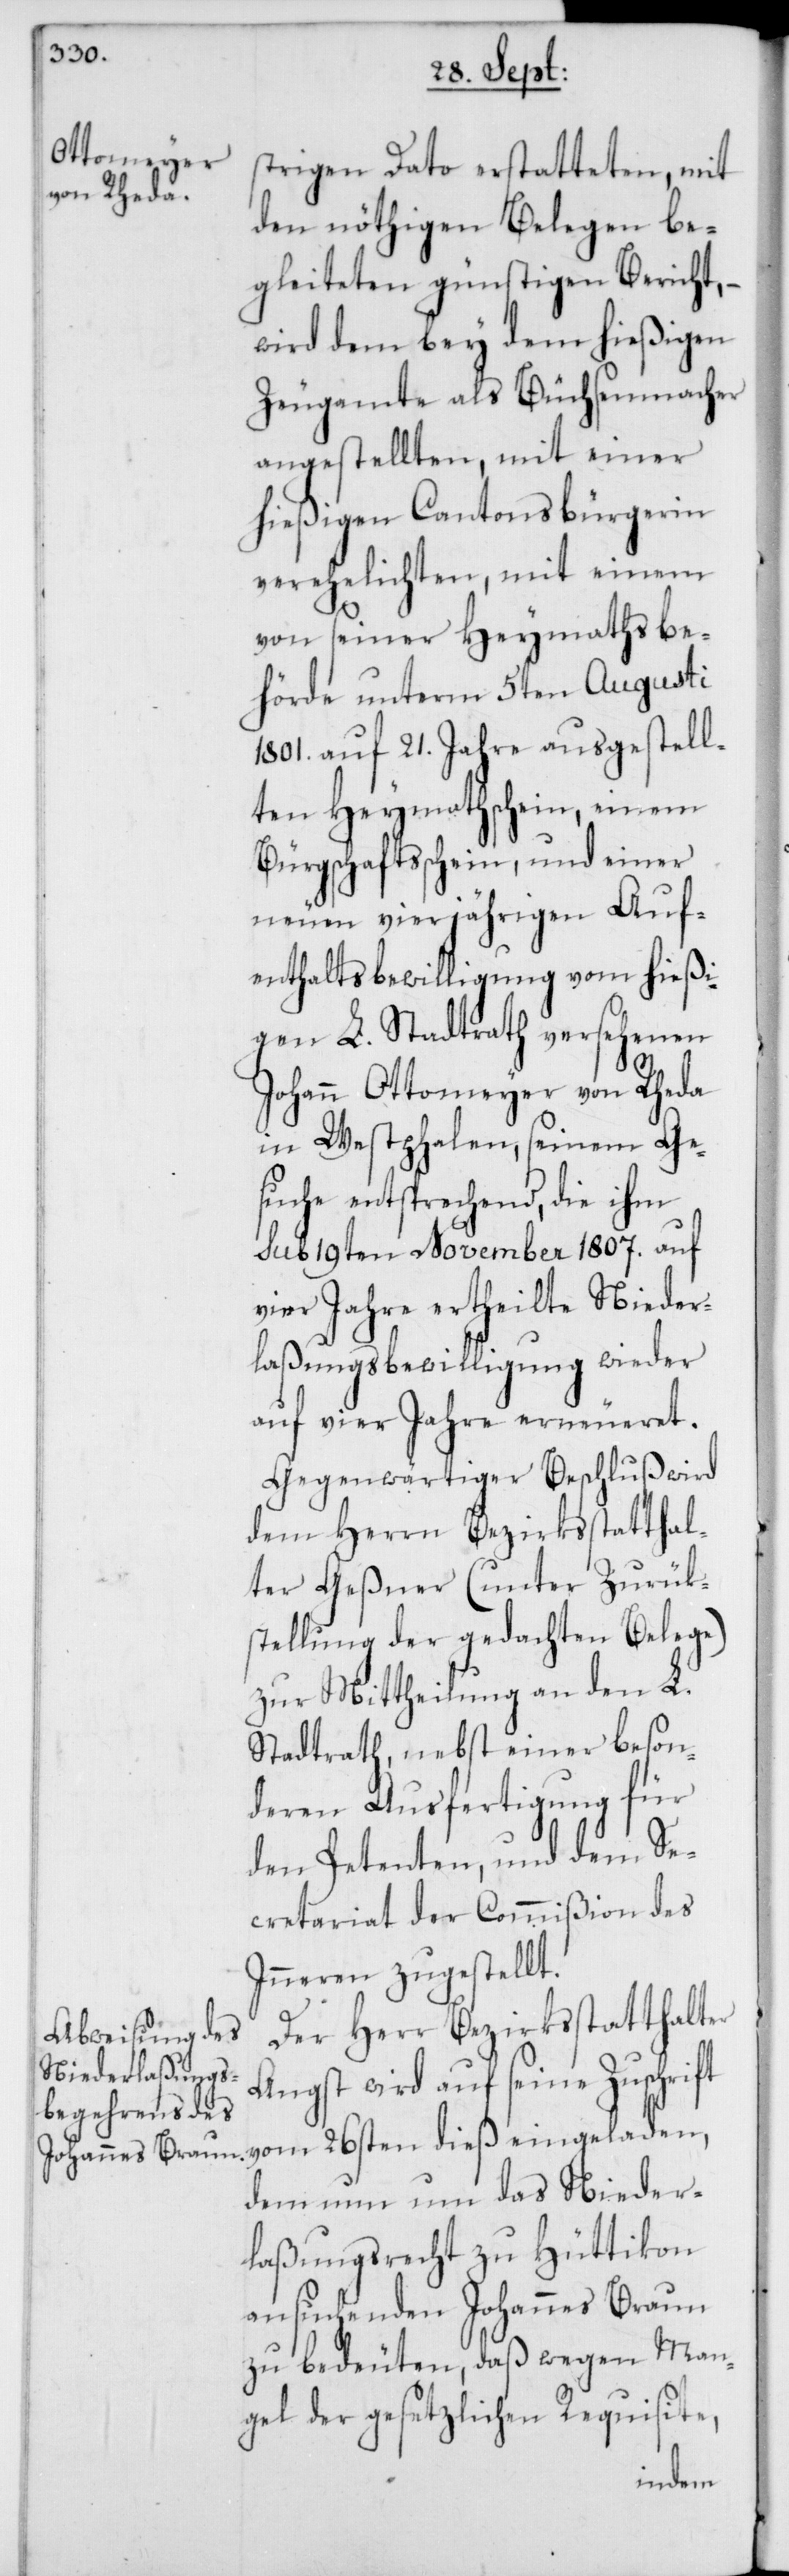
strigen Dato erstatteten, mit
den nöthigen Belegen be¬
gleiteten günstigen Bericht, –
wird dem bey dem hießigen
Zeugamte als Büchsenmacher
angestellten, mit einer
hießigen Cantonsbürgerin
verehelichten, mit einem
von seiner Heymathsbe¬
hörde unterm 5ten Augusti
1801. auf 21. Jahre ausgestell¬
ten Heymathschein, einem
Bürgschaftsschein und einer
neuen vierjährigen Auf¬
enthaltsbewilligung vom hießi¬
gen L. Stadtrath versehenen
Johann Ottomeyer von Rheda
in Westphalen, seinem Ge¬
suche entsprechend, die ihm
sub 19ten November 1807. auf
vier Jahre ertheilte Nieder¬
laßungsbewilligung wieder
auf vier Jahre erneueret.
Gegenwärtiger Beschluß wird
dem Herrn Bezirksstatthal¬
ter Geßner (unter Zurük¬
stellung der gedachten Belege)
zur Mittheilung an den L.
Stadtrath, nebst einer beson¬
deren Ausfertigung für
den Petenten, und dem Se¬
cretariat der Commißion des
Inneren zugestellt.
Der Herr Bezirksstatthalter
Angst wird auf seine Zuschrift
vom 26sten dieß eingeladen,
dem nun um das Nieder¬
laßungsrecht zu Hüttikon
ansuchenden Johannes Braun
zu bedeuten, daß wegen Man¬
gel der gesetzlichen Requisite,